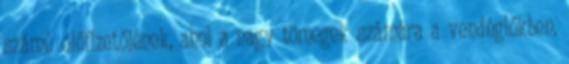
számú előfizetőjének, ahol a nagy tömegek számára a vendéglőkben,